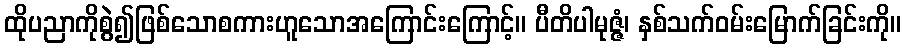
ထိုပညာကိုစွဲ၍ဖြစ်သောစကားဟူသောအကြောင်းကြောင့်။ ပီတိပါမုဇ္ဇံ၊ နှစ်သက်ဝမ်းမြောက်ခြင်းကို။